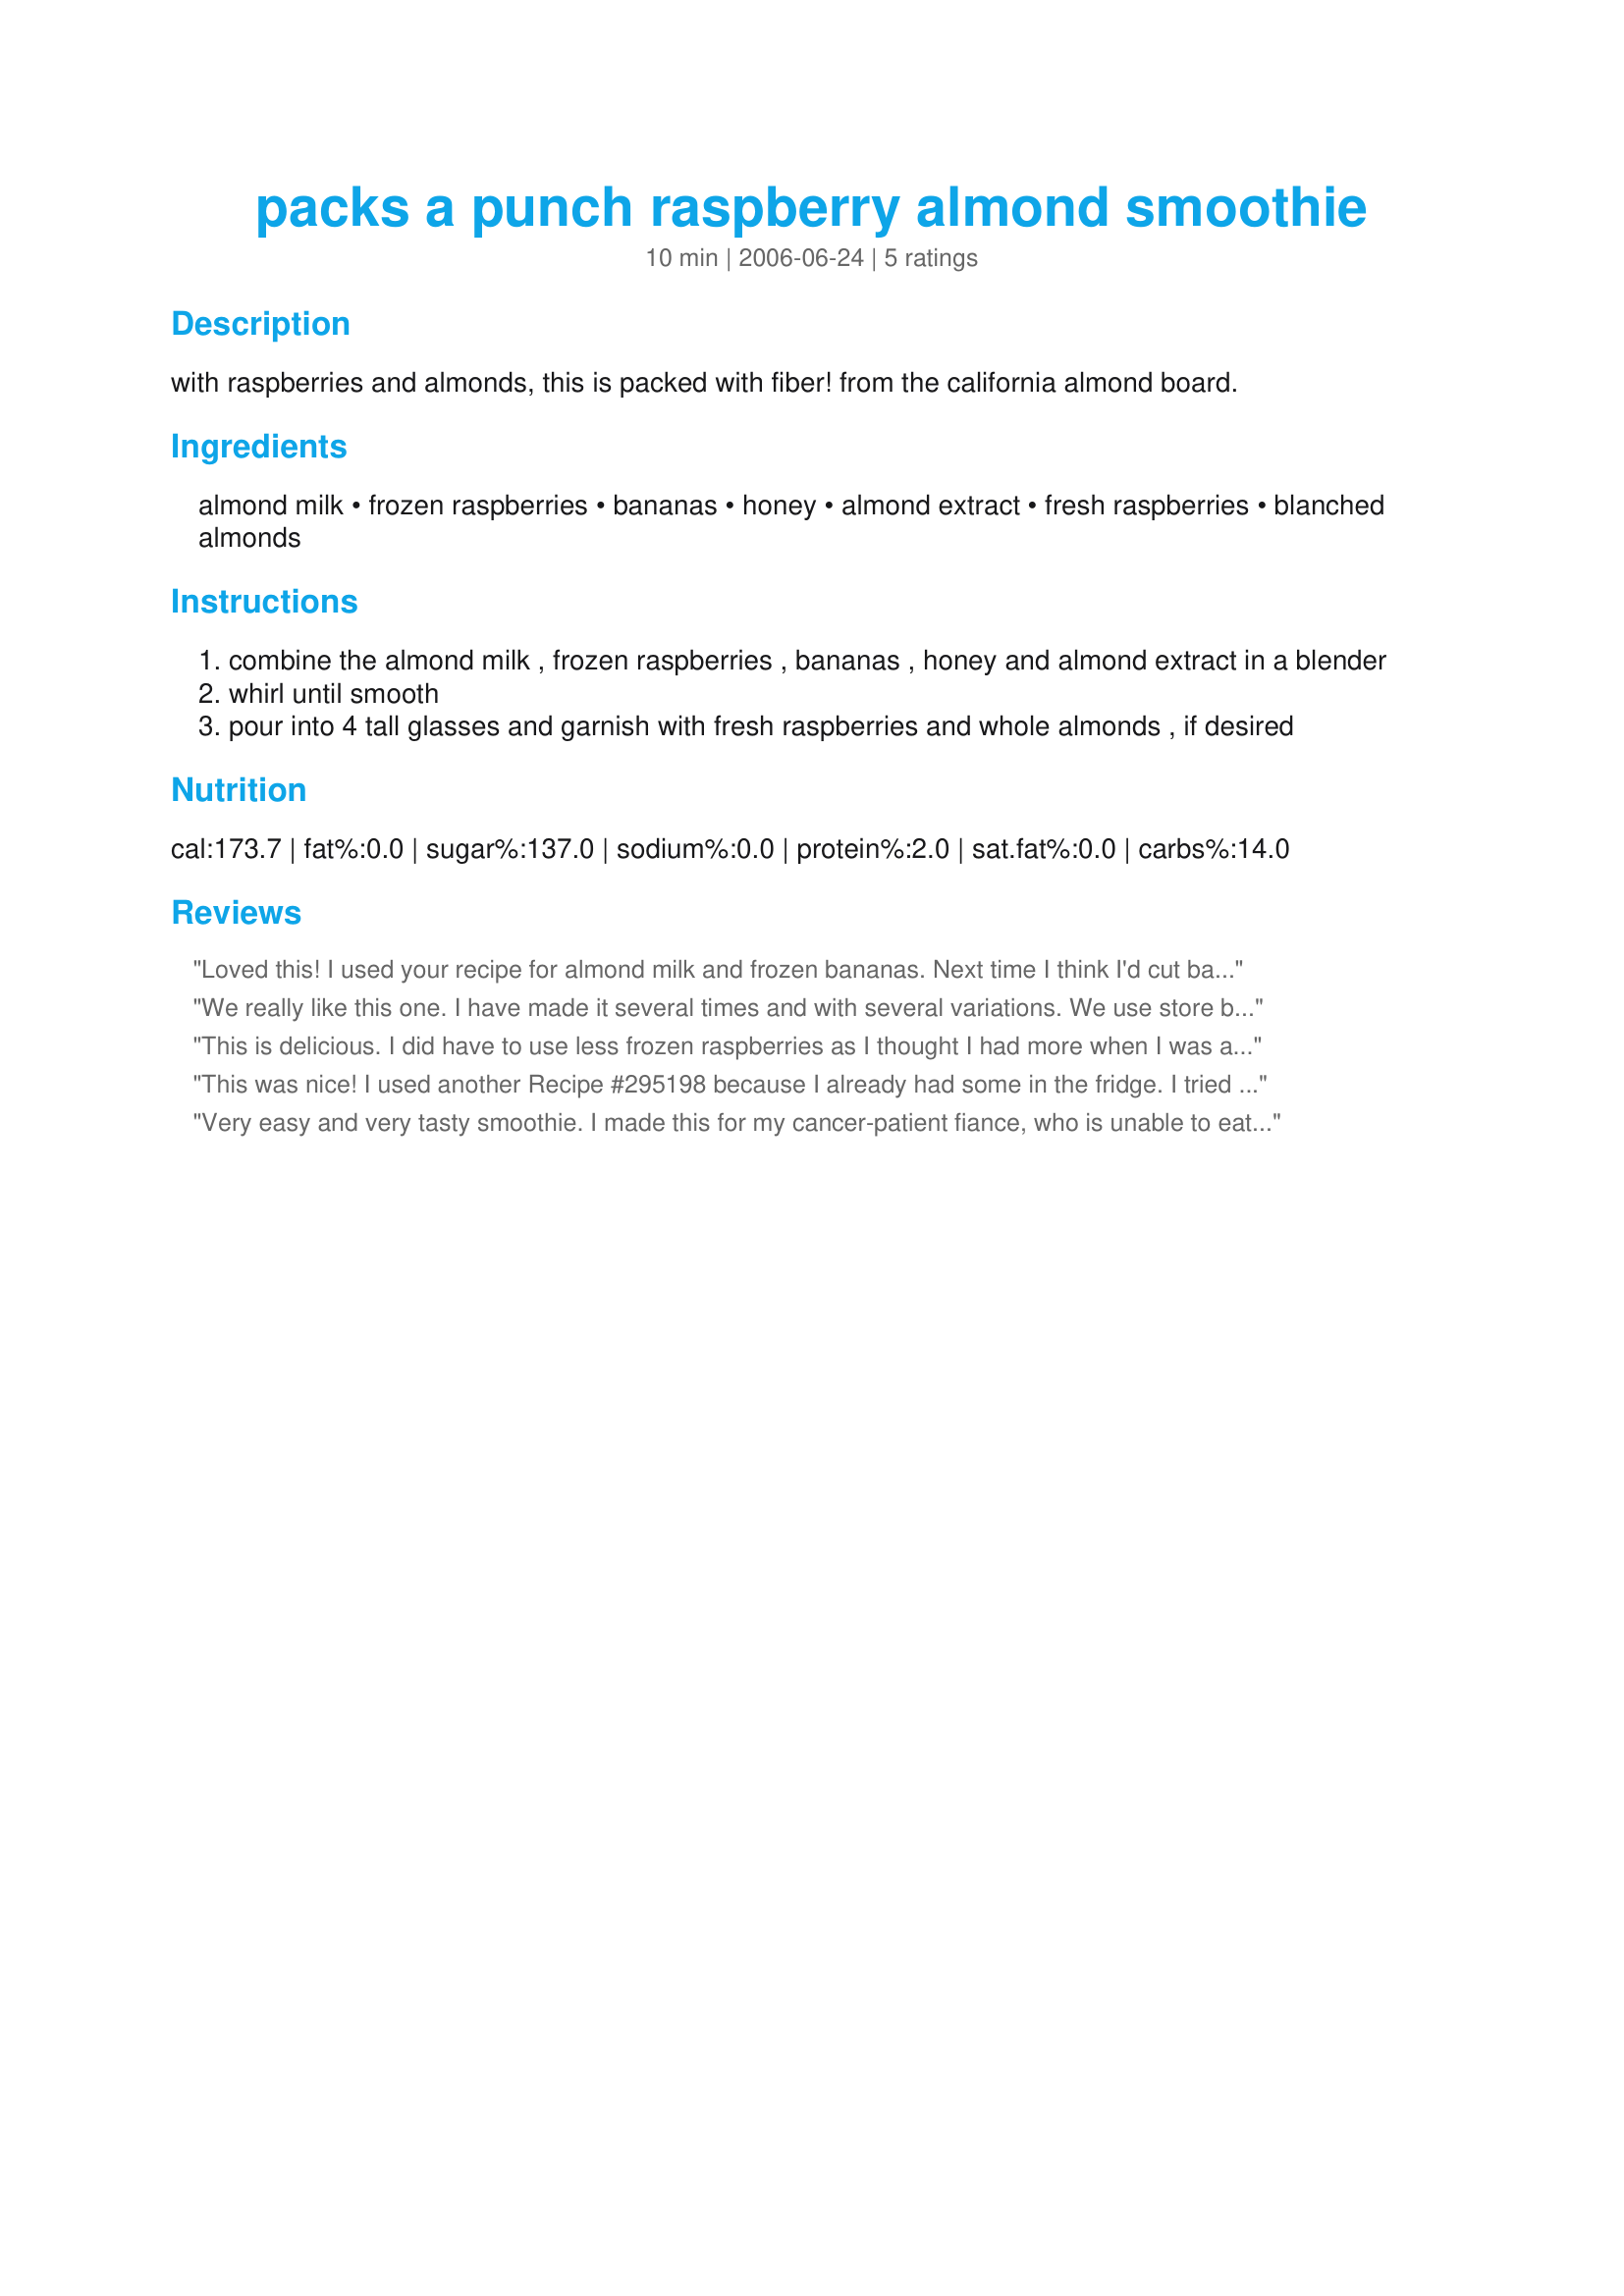
packs a punch raspberry almond smoothie
Preparation time: 10 minutes

with raspberries and almonds, this is packed with fiber! from the california almond board.

Ingredients:
almond milk, frozen raspberries, bananas, honey, almond extract, fresh raspberries, blanched almonds

Steps:
combine the almond milk , frozen raspberries , bananas , honey and almond extract in a blender
whirl until smooth
pour into 4 tall glasses and garnish with fresh raspberries and whole almonds , if desired

Reviews:
Loved this! I used your recipe for almond milk and frozen bananas. Next time I think I'd cut back to one banana, but that's just personal preference. This was creamy and rich with lots of wonderful nutrients. Even my picky child and dh who doesn't like smoothies enjoyed this one.
We really like this one. I have made it several times and with several variations. We use store bought almond milk and sometimes use the bananas and honey with the raspberries and sometimes just the raspberries with a vanilla protein powder. Every way we have tried it it is dee-lish. It is now our favorite morning smoothie. Thanks !
This is delicious. I did have to use less frozen raspberries as I thought I had more when I was already in the process of making this recipe. I did cut the banana down a bit per preference and someone else's review. I used http://www.food.com/recipe/almond-milk-356213 for the almond milk. This is not properly food combined but I may make this again because it tastes good.
This was nice! I used another Recipe #295198 because I already had some in the fridge. I tried it before the honey and it was a little tart. Good with the honey! And I tried it without and with the almond extract. I think I liked it better without. Probably personal preference. Thanks! Reviewed for ZWT4.
Very easy and very tasty smoothie. I made this for my cancer-patient fiance, who is unable to eat much in the way of solid foods now. Becuase he needs to increase his protein intake, I omitted the almond extract and instead used about 1/4 cup of raw slivered almonds. I also used slightly less than the stated amount of raspberries, simply because that's what I had on hand, and used the lesser amount of honey. The result? A tasty, nutritious smoothie that he ~really~ enjoyed. Can't get much easier or better than this! Thanks Sharon! :smile:
